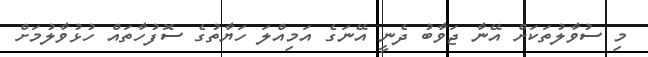
މި ސުވާލުތަކަށް އޭނާ ޖަވާބު ދެނީ އޭނަގެ އަމިއްލަ ހަޔާތުގެ ސޮފުހާތައް ހުޅުވާލުމަށް